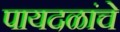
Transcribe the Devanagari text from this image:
पायदळांचे